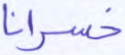
خسرانا